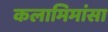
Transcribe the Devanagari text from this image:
कलामिमांसा